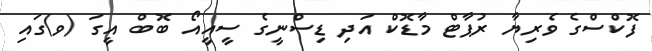
ފޮކްސްގެ ވެރިޔާ ރުޕާޓް މާޑޮކް އަދި ޑިސްނީގެ ސީއީއޯ ބޮބް އީގަ (ވ)ގައި